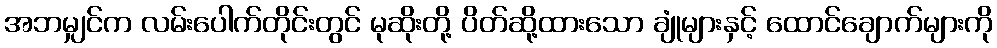
အဘမျှင်က လမ်းပေါက်တိုင်းတွင် မုဆိုးတို့ ပိတ်ဆို့ထားသော ချုံများနှင့် ထောင်ချောက်များကို